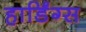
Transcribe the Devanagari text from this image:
हार्डिंग्स